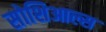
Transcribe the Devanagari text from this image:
सोशिआल्स